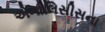
એનાલિસીસના